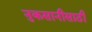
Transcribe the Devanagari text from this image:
नुकसानीसाठी